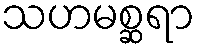
သဟမစ္ဆရာ